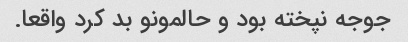
جوجه نپخته بود و حالمونو بد کرد واقعا.